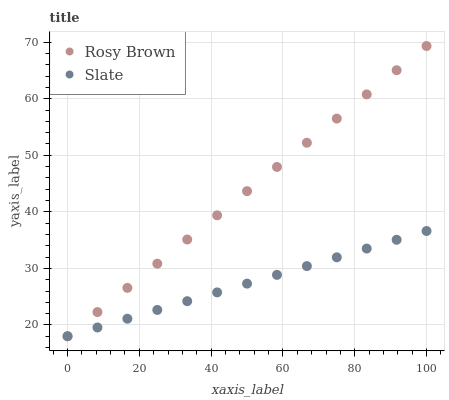
| xaxis_label | Rosy Brown | Slate |
 | --- | --- | --- |
 | 0 | 18 | 18 |
 | 8.33 | 22.3 | 19.6 |
 | 16.7 | 26.6 | 21.1 |
 | 25 | 30.8 | 22.7 |
 | 33.3 | 35.1 | 24.2 |
 | 41.7 | 39.4 | 25.8 |
 | 50 | 43.7 | 27.3 |
 | 58.3 | 47.9 | 28.9 |
 | 66.7 | 52.2 | 30.4 |
 | 75 | 56.5 | 32 |
 | 83.3 | 60.8 | 33.5 |
 | 91.7 | 65 | 35.1 |
 | 100 | 69.3 | 36.6 |